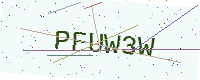
Text: PFUW3W